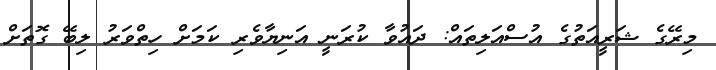
މިރޭގެ ޝަރީއަތުގެ އުސްއަލިތައް: ދައުވާ ކުރަނީ އަނިޔާވެރި ކަމަށް ހިތްވަރު ލިބޭ ގޮތަށް